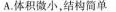
A.体积微小，结构简单